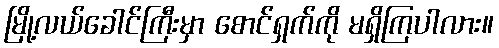
မြို့လယ်ခေါင်ကြီးမှာ စောင်ရှက်ကို မရှိကြပါလား။